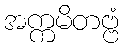
အက္ကမိတဗ္ဗံ